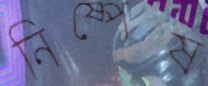
নিষ্পেষ